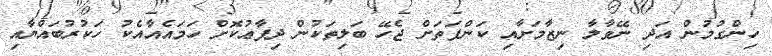
ހިންގުމުން އަދި ނޭވާލާ ނިޒާމަށާއި ކަންފަތަށް ޖެހޭ ބަލިތަކުން ދިފާޢުކޮށް ހަމައެއާއެކު ހަކުރުބައްޔާއި